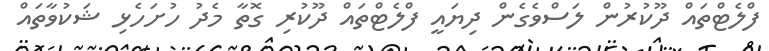
ފްލެޓްތައް ދޫކުރުން ލަސްވެގެން ދިޔައީ ފްލެޓްތައް ދޫކުރި ގޮތާ މެދު ހުށަހެޅި ޝަކުވާތައް